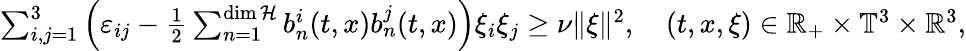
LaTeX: \begin{array}{r}{\sum_{i,j=1}^{3}\left(\varepsilon_{ij}-\frac 12\sum_{n=1}^{\dim\mathcal{H}}b_{n}^{i}(t,x)b_{n}^{j}(t,x)\right)\xi_{i}\xi_{j}\geq\nu\| \xi\| ^{2},\quad(t,x,\xi)\in\mathbb{R}_{+}\times\mathbb{T}^{3}\times\mathbb{R}^{3},}\end{array}